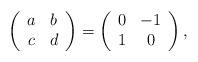
LaTeX: \begin{align*}\left( \begin{array}{cc} a & b \\ c & d \end{array} \right) =\left( \begin{array}{cc} 0 & -1 \\ 1 & 0 \end{array} \right),\end{align*}